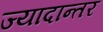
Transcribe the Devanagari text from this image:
ज्यादान्तर